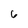
Character: 6